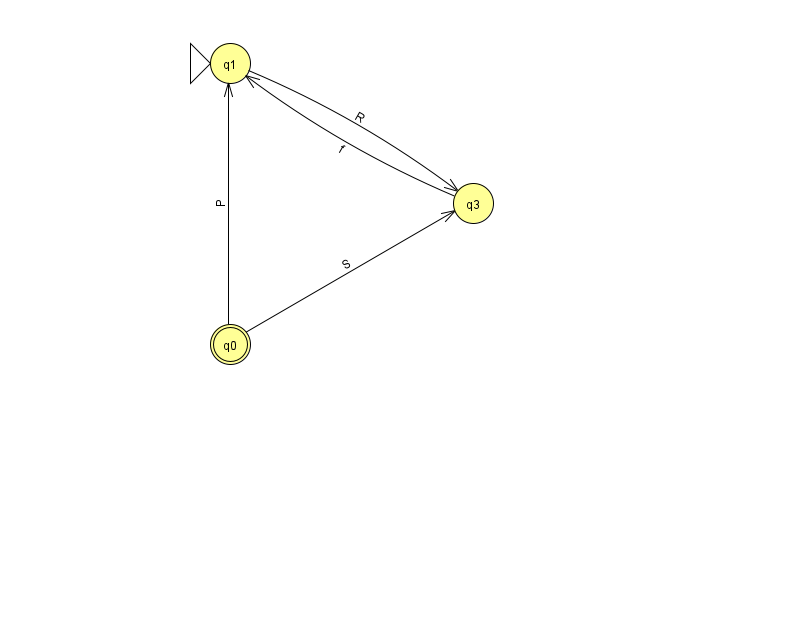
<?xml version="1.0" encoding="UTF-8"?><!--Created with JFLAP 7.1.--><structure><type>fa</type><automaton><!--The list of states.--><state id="0" name="q0"><x>230.0</x><y>331.0</y><final/></state><state id="1" name="q1"><x>230.0</x><y>50.0</y><initial/></state><state id="3" name="q3"><x>473.0</x><y>190.0</y></state><!--The list of transitions.--><transition><from>3</from><to>1</to><read>f</read></transition><transition><from>1</from><to>3</to><read>R</read></transition><transition><from>0</from><to>3</to><read>S</read></transition><transition><from>0</from><to>1</to><read>P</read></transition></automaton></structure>